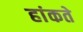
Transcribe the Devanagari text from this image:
हांकते